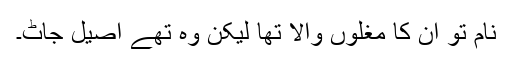
نام تو ان کا مغلوں والا تھا لیکن وہ تھے اصیل جاٹ۔